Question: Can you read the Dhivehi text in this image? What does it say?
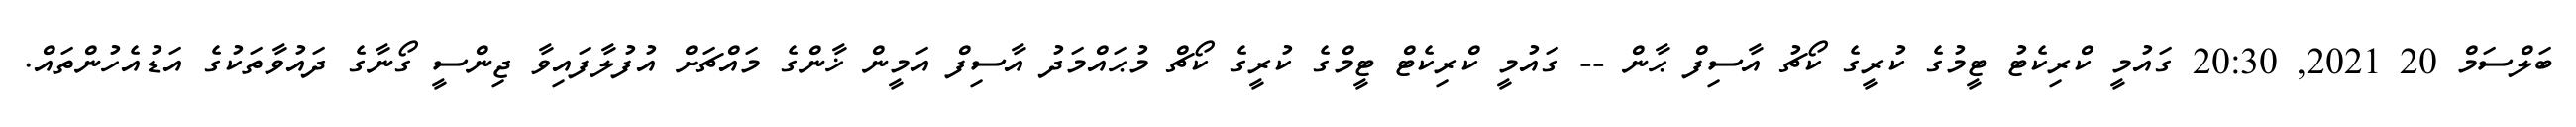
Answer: ބަލްސަމް 20 2021, 20:30 ގައުމީ ކްރިކެޓު ޓީމުގެ ކުރީގެ ކޯޗު އާސިފް ޙާން -- ގައުމީ ކްރިކެޓް ޓީމްގެ ކުރީގެ ކޯޗް މުޙައްމަދު އާސިފް އަމީން ޚާންގެ މައްޗަށް އުފުލާފައިވާ ޖިންސީ ގޯނާގެ ދައުވާތަކުގެ އަޑުއެހުންތައް.